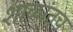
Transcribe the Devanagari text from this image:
शाळांतच